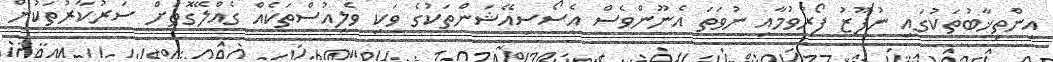
އިންތިޚާބުތަކުގައި ނުފޫޒު ފޯރުވުމާއި ނުވަތަ އެނޫންވެސް އެސޯސިއޭޝަންތަކުގެ ވަކި ވެލިއުސްތަކެއް ގެއްލޭގޮތަށް ސަރުކާރުތަކުން